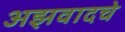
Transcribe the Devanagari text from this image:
अझवादचे